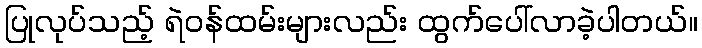
ပြုလုပ်သည့် ရဲဝန်ထမ်းများလည်း ထွက်ပေါ်လာခဲ့ပါတယ်။